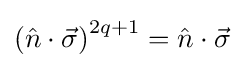
\left({\hat {n}}\cdot {\vec {\sigma }}\right)^{2q+1}={\hat {n}}\cdot {\vec {\sigma }}